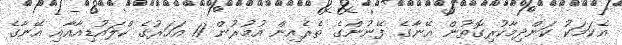
އެކަމަކު ކަންދިމާކުރިގޮތުން އޭނާގެ ފޭނުންގެ ތެރެއިން އުމުރުން 11 އަހަރުގެ ކްލައުޑިއާއާއި އޭނާގެ